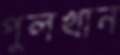
পুলখান